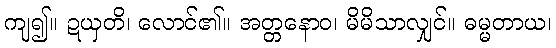
ကျ၍။ ဍယှတိ၊ လောင်၏။ အတ္တနောဝ၊ မိမိသာလျှင်။ ဓမ္မတာယ၊